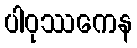
ပါဝုဿကေန